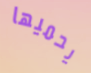
يحميها